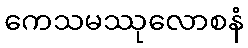
ကေသမဿုလောစနံ